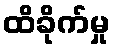
ထိခိုက်မှု